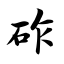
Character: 砟